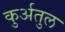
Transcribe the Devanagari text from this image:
कुर्अतुल